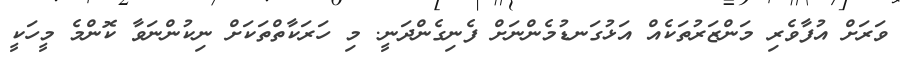
ވަރަށް އުފާވެރި މަންޒަރުތަކެއް އަޅުގަނޑުމެންނަށް ފެނިގެންދަނީ. މި ހަރަކާތްތަކަށް ނިކުންނަވާ ކޮންމެ މީހަކީ